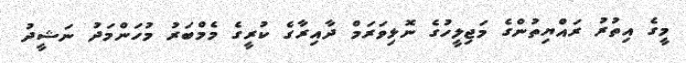
މީގެ އިތުރު ރައްޔިތުންގެ މަޖިލީހުގެ ނޮޅިވަރަމް ދާއިރާގެ ކުރީގެ މެމްބަރު މުހަންމަދު ނަޝީދު